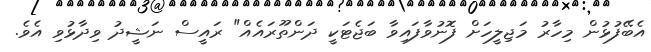
އެބޭފުޅުން މިހާރު މަޖިލީހަށް ފޮނުވާފައިވާ ބަޖެޓަކީ ދަންތޫރައެއް" ރައީސް ނަޝީދު ވިދާޅުވި އެެވެ.